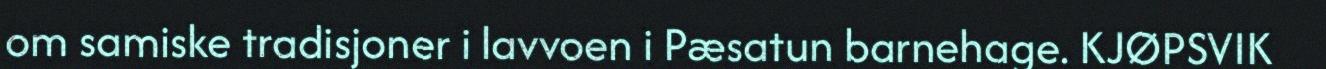
om samiske tradisjoner i lavvoen i Pæsatun barnehage. KJØPSVIK